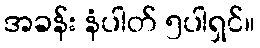
အခန်း နံပါတ် ၅ပါရှင်။